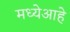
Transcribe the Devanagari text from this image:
मध्येआहे